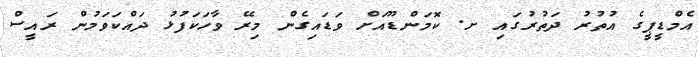
އެމްޑީޕީގެ އުތުރު ދަތުރުގައި ށ. ކޮމަންޑޫއަށް ވަޑައިގެން މިރޭ ވާހަކަފުޅު ދައްކަވަމުން ރައީސް